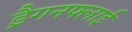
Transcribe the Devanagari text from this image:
ड्रैगनफ्लाई